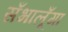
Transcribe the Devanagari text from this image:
सँभालूँगा